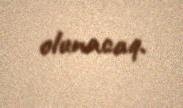
olunacaq.